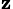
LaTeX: _{\mathbf{z}}